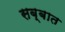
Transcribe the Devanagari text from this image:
सब्बात